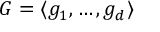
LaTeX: G = \langle g _ { 1 } , \ldots , g _ { d } \rangle